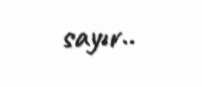
sayır..